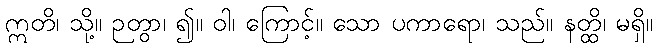
ဣတိ၊ သို့။ ဉတွာ၊ ၍။ ဝါ၊ ကြောင့်။ သော ပကာရော၊ သည်။ နတ္ထိ၊ မရှိ။